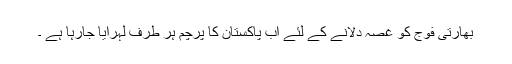
بھارتی فوج کو غصہ دلانے کے لئے اب پاکستان کا پرچم ہر طرف لہرایا جارہا ہے ۔